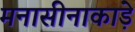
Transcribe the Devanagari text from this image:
मनासीनाकाड़े